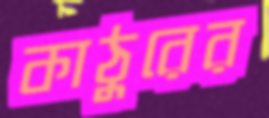
কাঠুরের